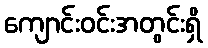
ကျောင်းဝင်းအတွင်းရှိ